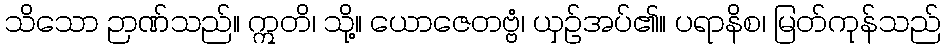
သိသော ဉာဏ်သည်။ ဣတိ၊ သို့။ ယောဇေတဗ္ဗံ၊ ယှဉ်အပ်၏။ ပရာနိစ၊ မြတ်ကုန်သည်